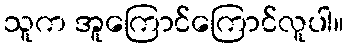
သူက အူကြောင်ကြောင်လူပါ။